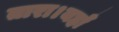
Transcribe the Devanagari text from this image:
तारा।यहाँ